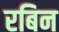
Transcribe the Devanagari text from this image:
रबिन